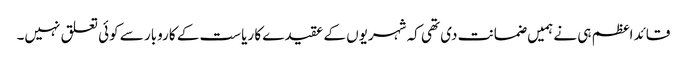
قائد اعظم ہی نے ہمیں ضمانت دی تھی کہ شہریوں کے عقیدے کا ریاست کے کاروبار سے کوئی تعلق نہیں۔